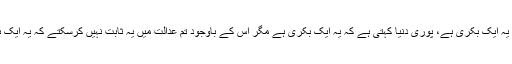
میں نے کہا تمہیں علم ہے کہ یہ ایک بکری ہے، مجھے علم ہے کہ یہ ایک بکری ہے، پوری دنیا کہتی ہے کہ یہ ایک بکری ہے مگر اس کے باوجود تم عدالت میں یہ ثابت نہیں کرسکتے کہ یہ ایک بکری ہے تو پھر تمہارے موقف ، قابلیت اوردعوے بارے کیا کہوں۔